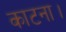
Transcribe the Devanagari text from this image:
काटना।